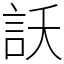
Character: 訞